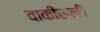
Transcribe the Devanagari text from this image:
वाकीसनी